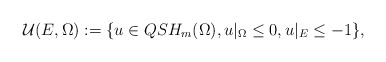
\begin{align*} \mathcal{U}( E ,\Omega): =\{ u\in QSH_m(\Omega) , u\vert_{\Omega}\leq 0,u\vert_{E}\leq -1 \}, \end{align*}